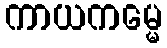
ကာယကမ္မေ